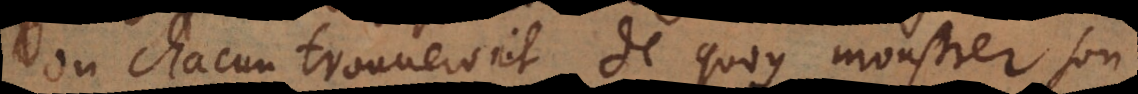
où chacun trouveroit de quoy monstrer son